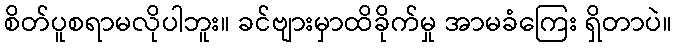
စိတ်ပူစရာမလိုပါဘူး။ ခင်ဗျားမှာထိခိုက်မှု အာမခံကြေး ရှိတာပဲ။